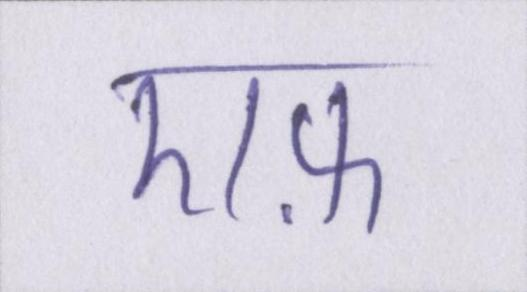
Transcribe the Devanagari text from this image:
एफ़